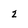
Character: 2